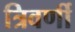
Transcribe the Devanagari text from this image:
त्रिवर्णी